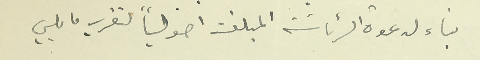
بناء لدعوة الرئاسة المبلغة اصولياً تقرر ما يلي